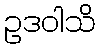
ဥဒဝါသိ